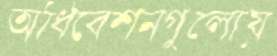
অধিবেশনগুলোয়